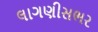
લાગણીસભર